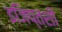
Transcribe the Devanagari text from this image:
इजिप्तशी